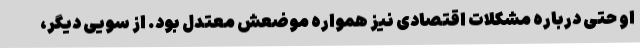
او حتی درباره مشکلات اقتصادی نیز همواره موضعش معتدل بود. از سویی دیگر،